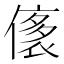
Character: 㒅